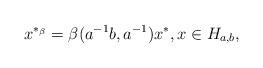
LaTeX: \begin{align*}x^{*_\beta} = \beta(a^{-1}b,a^{-1})x^*, x \in H_{a,b},\end{align*}